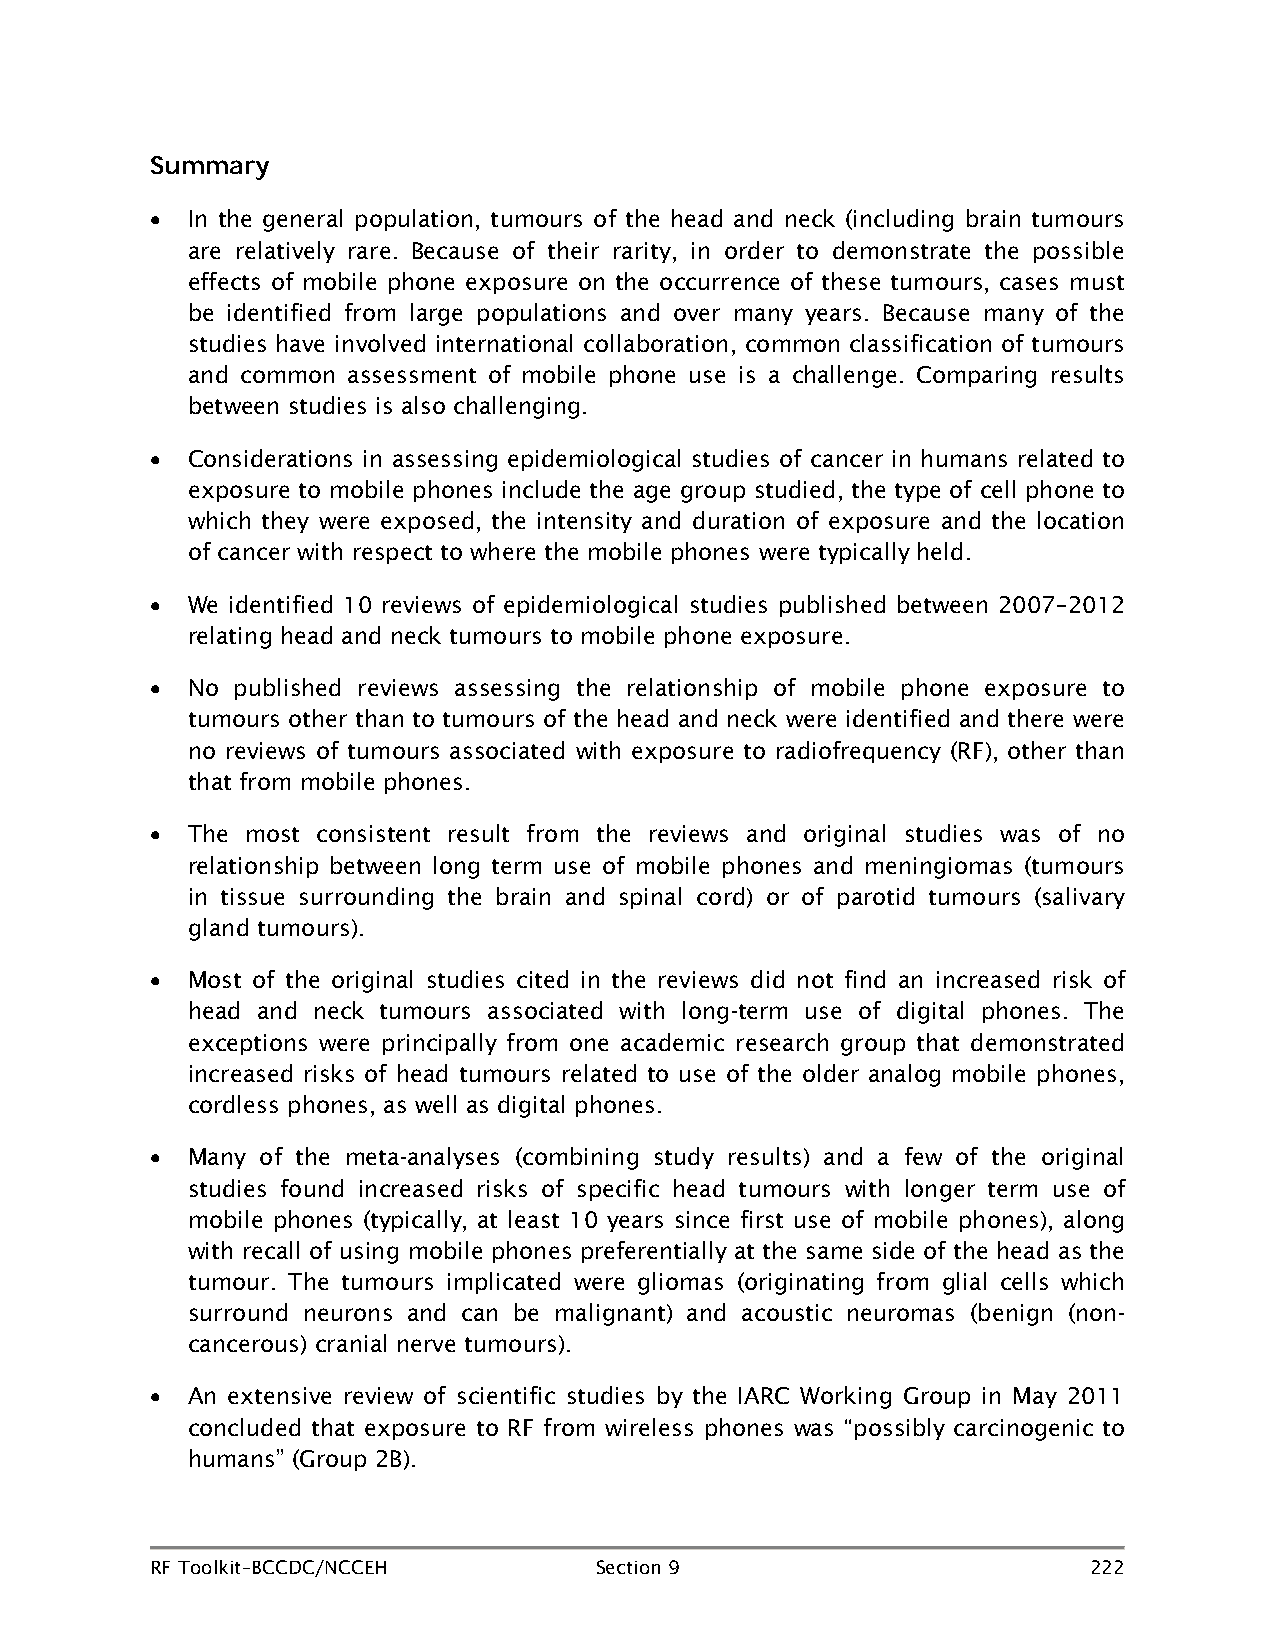
Summary
 • In the general population, tumours of the head and neck (including brain tumours
 are relatively rare. Because of their rarity, in order to demonstrate the possible
 effects of mobile phone exposure on the occurrence of these tumours, cases must
 be identified from large populations and over many years. Because many of the
 studies have involved international collaboration, common classification of tumours
 and common assessment of mobile phone use is a challenge. Comparing results
 between studies is also challenging.
 • Considerations in assessing epidemiological studies of cancer in humans related to
 exposure to mobile phones include the age group studied, the type of cell phone to
 which they were exposed, the intensity and duration of exposure and the location
 of cancer with respect to where the mobile phones were typically held.
 • We identified 10 reviews of epidemiological studies published between 2007–2012
 relating head and neck tumours to mobile phone exposure.
 • No published reviews assessing the relationship of mobile phone exposure to
 tumours other than to tumours of the head and neck were identified and there were
 no reviews of tumours associated with exposure to radiofrequency (RF), other than
 that from mobile phones.
 • The most consistent result from the reviews and original studies was of no
 relationship between long term use of mobile phones and meningiomas (tumours
 in tissue surrounding the brain and spinal cord) or of parotid tumours (salivary
 gland tumours).
 • Most of the original studies cited in the reviews did not find an increased risk of
 head and neck tumours associated with long-term use of digital phones. The
 exceptions were principally from one academic research group that demonstrated
 increased risks of head tumours related to use of the older analog mobile phones,
 cordless phones, as well as digital phones.
 • Many of the meta-analyses (combining study results) and a few of the original
 studies found increased risks of specific head tumours with longer term use of
 mobile phones (typically, at least 10 years since first use of mobile phones), along
 with recall of using mobile phones preferentially at the same side of the head as the
 tumour. The tumours implicated were gliomas (originating from glial cells which
 surround neurons and can be malignant) and acoustic neuromas (benign (non-
 cancerous) cranial nerve tumours).
 • An extensive review of scientific studies by the IARC Working Group in May 2011
 concluded that exposure to RF from wireless phones was “possibly carcinogenic to
 humans” (Group 2B).
 RF Toolkit–BCCDC/NCCEH       Section 9                        222